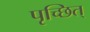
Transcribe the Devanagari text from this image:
पृच्छित्